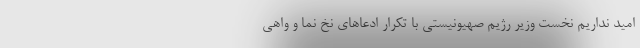
امید نداریم نخست وزیر رژیم صهیونیستی با تکرار ادعاهای نخ نما و واهی